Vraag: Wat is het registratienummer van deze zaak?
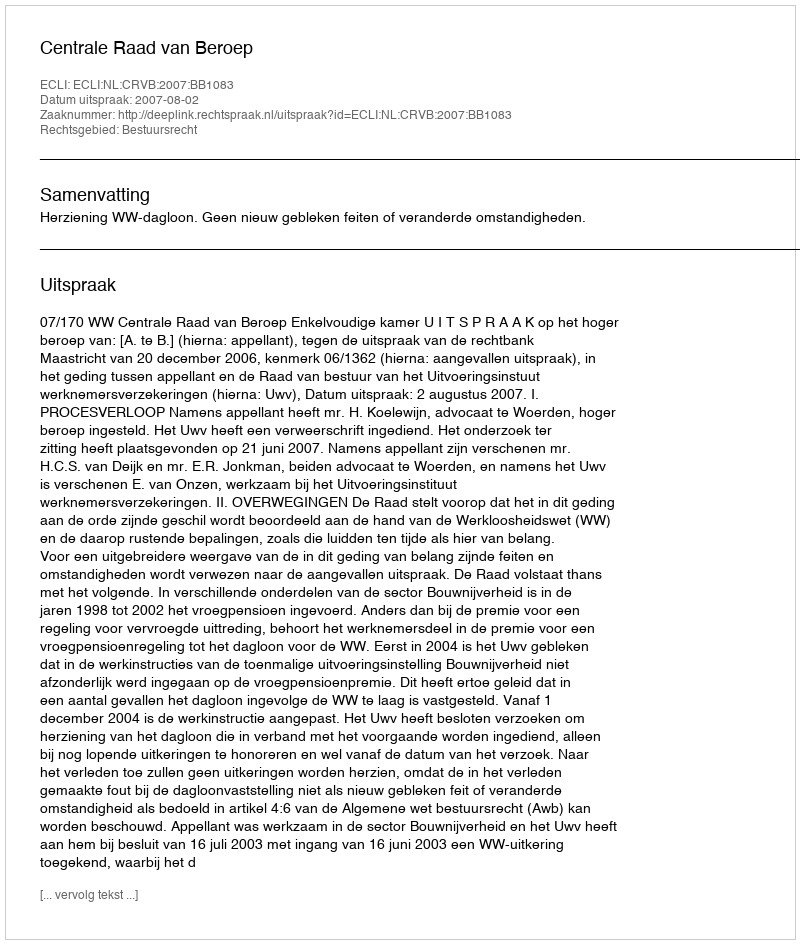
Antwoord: http://deeplink.rechtspraak.nl/uitspraak?id=ECLI:NL:CRVB:2007:BB1083